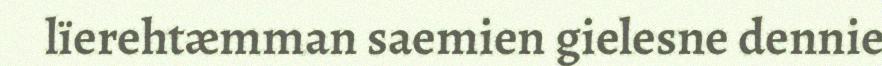
lïerehtæmman saemien gielesne dennie